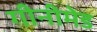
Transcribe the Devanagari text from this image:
गीनीमेड